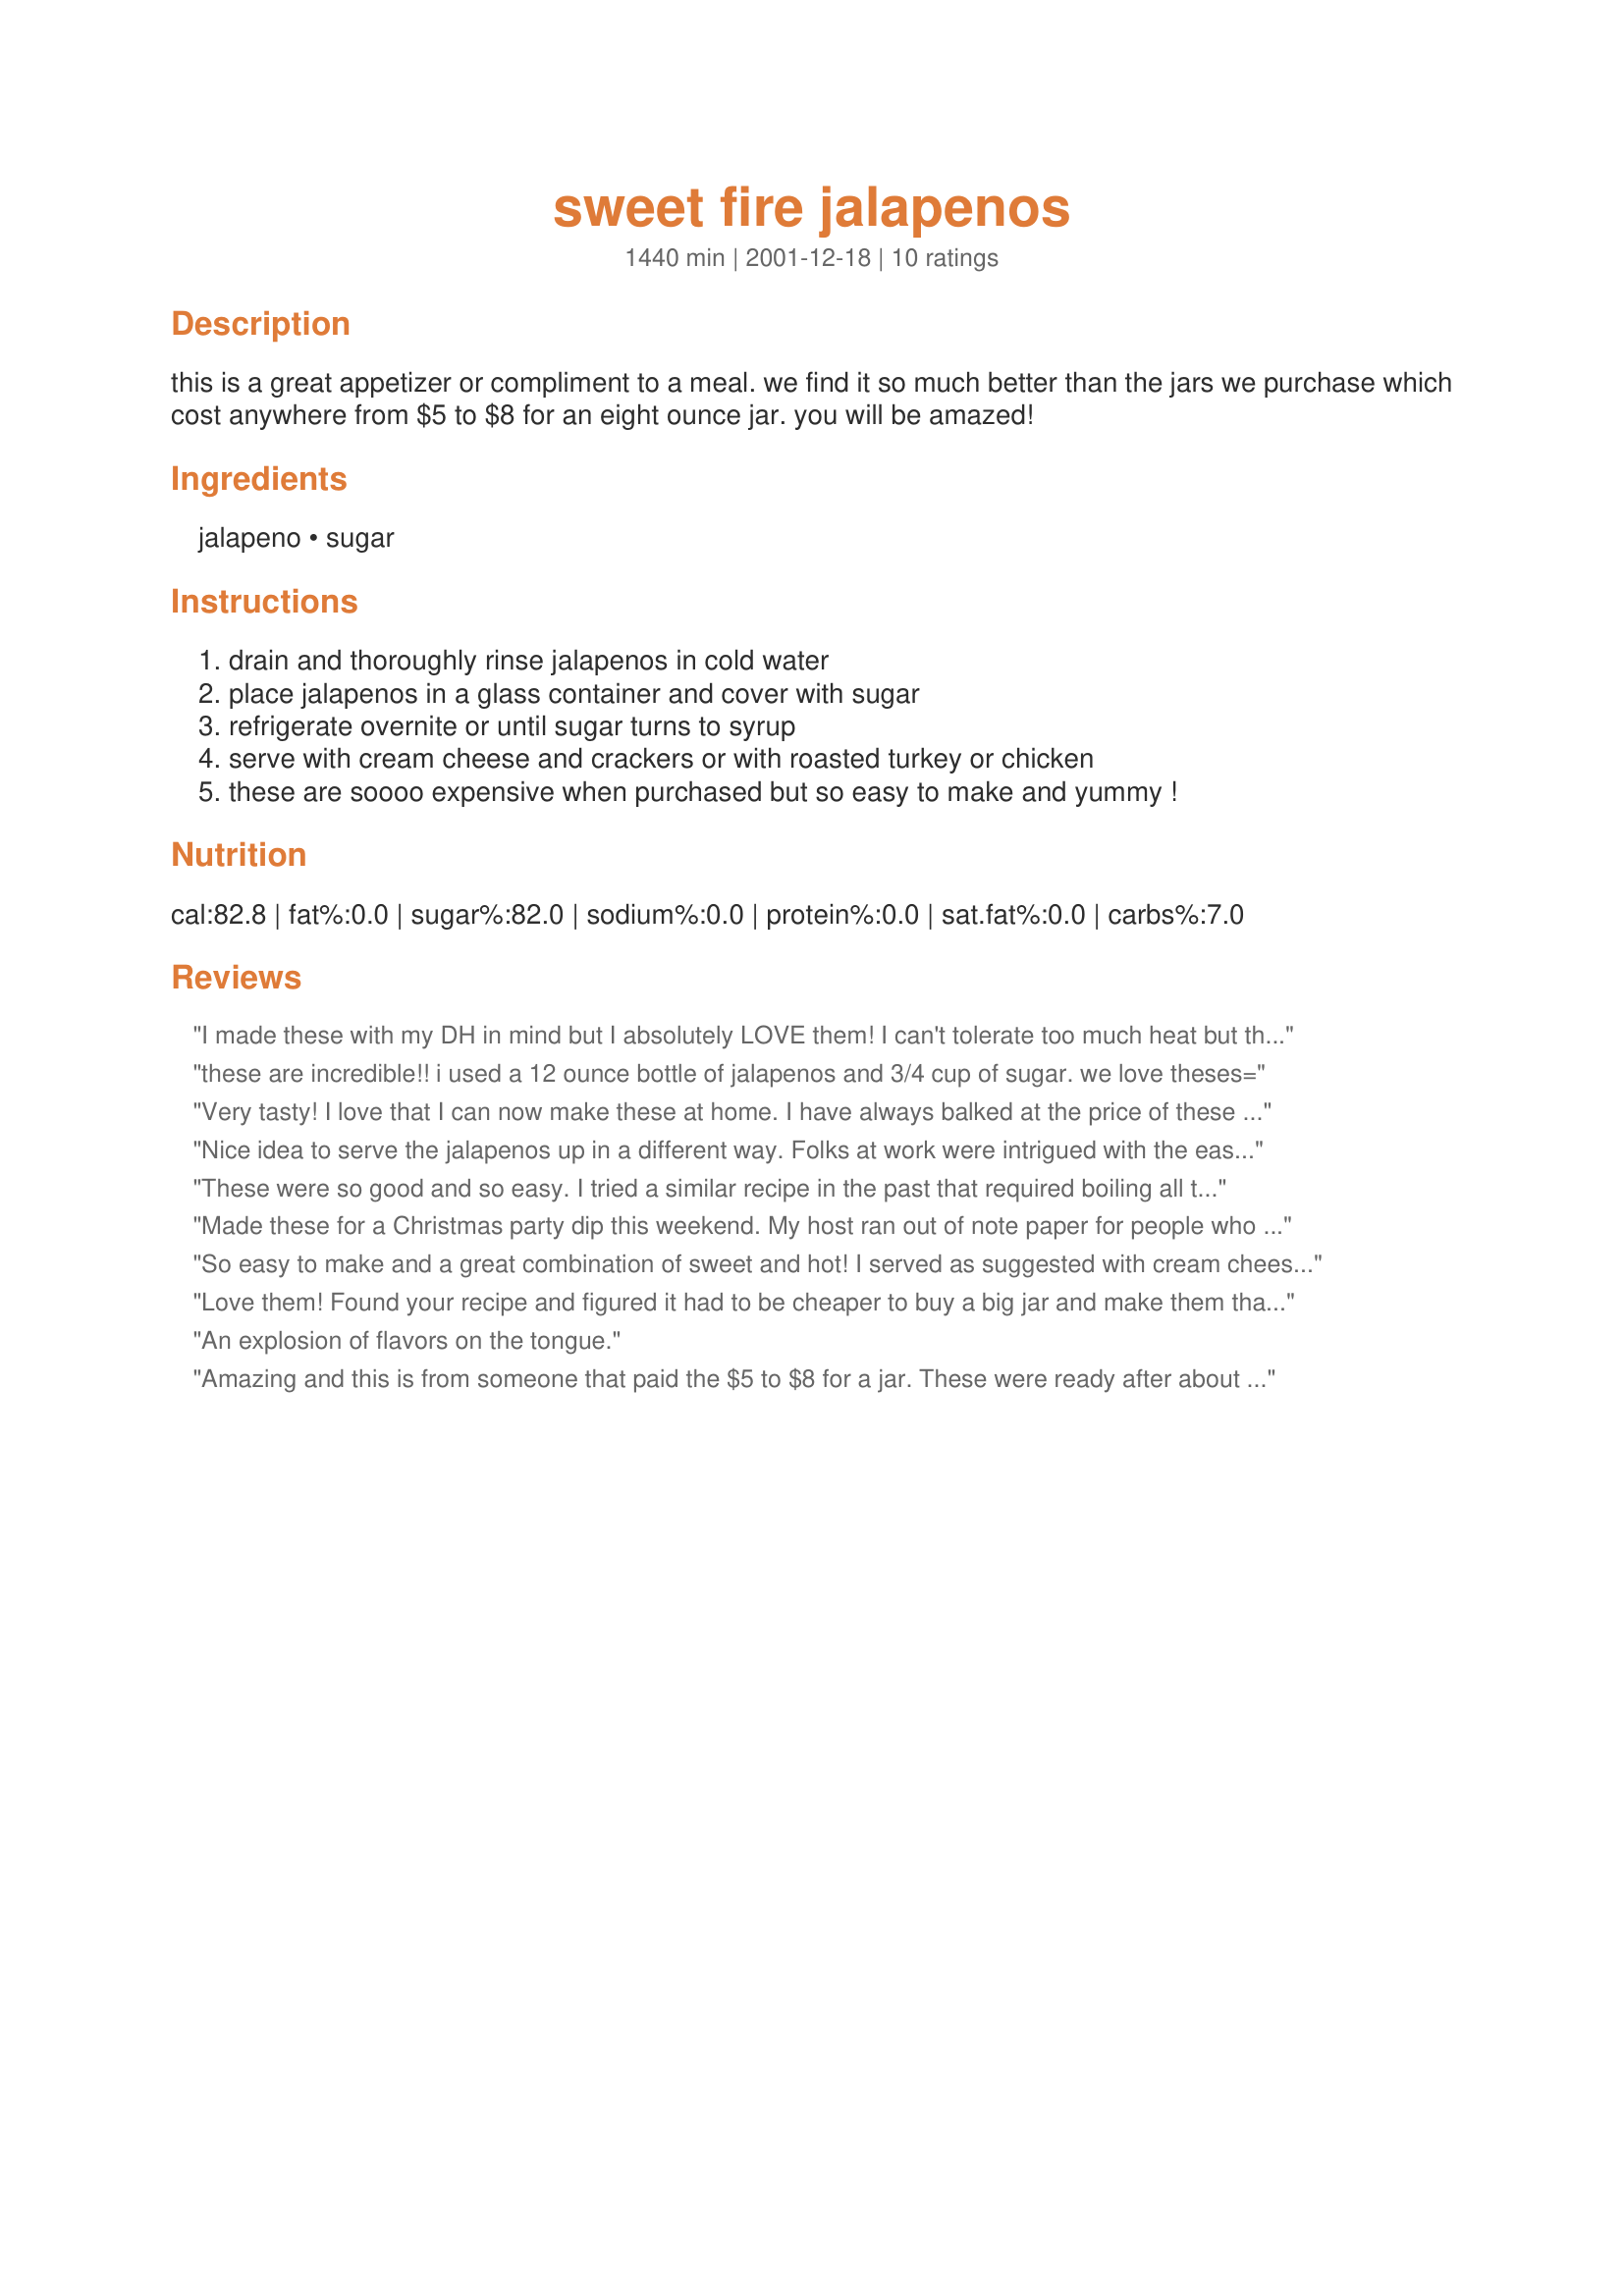
sweet fire jalapenos
Preparation time: 1440 minutes

this is a great appetizer or compliment to a meal. we find it so much better than the jars we purchase which cost anywhere from $5 to $8 for an eight ounce jar. you will be amazed!

Ingredients:
jalapeno, sugar

Steps:
drain and thoroughly rinse jalapenos in cold water, place jalapenos in a glass container and cover with sugar, refrigerate overnite or until sugar turns to syrup, serve with cream cheese and crackers or with roasted turkey or chicken, these are soooo expensive when purchased but so easy to make and yummy !

Reviews:
I made these with my DH in mind but I absolutely LOVE them! I can't tolerate too much heat but these were a great combo of hot/sweet. I put some in baked beans I made last night and they were awesome. I think next I will try some chopped up in potato salad instead of pickle relish. Thanks for the great recipe!
these are incredible!! i used a 12 ounce bottle of jalapenos and 3/4 cup of sugar. we love theses=
Very tasty! I love that I can now make these at home. I have always balked at the price of these peppers when I would see them at the store. These were delicious on toast spread with cream cheese.
Nice idea to serve the jalapenos up in a different way. Folks at work were intrigued with the easy recipe
These were so good and so easy. I tried a similar recipe in the past that required boiling all the ingredients together. This was so much easier. I served as suggested with cream cheese and crackers. This makes a lot of sweet/hot syrup; I'm thinking of adding the syrup to other things for a flavor boost.
Made these for a Christmas party dip this weekend. My host ran out of note paper for people who wanted the recipe!!!

Thanks! I will be making this again.
So easy to make and a great combination of sweet and hot! I served as suggested with cream cheese and crackers and also used as a condiment on burgers and enchiladas. Very versatile!
Love them! Found your recipe and figured it had to be cheaper to buy a big jar and make them than to buy what my family calls "Sweet Hots". I didn't want to do the whole jar as I like jalapenos with just about anything so I used a smaller jar, stuffed it full, and started with 1/4 cup sugar. Ended up (like another reviewer) using about 3/4 cup sugar in the end. But it was easily adjustable to personal sweet/hot preference. They are wonderful. Plan on making another jar and giving to my parents since they love them too. Thanks for posting!
An explosion of flavors on the tongue.
Amazing and this is from someone that paid the $5 to $8 for a jar. These were ready after about 24 hours. This will be on my gift giving list. Made for *PAC Spring 2008*
